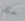
حكام